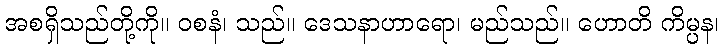
အစရှိသည်တို့ကို။ ဝစနံ၊ သည်။ ဒေသနာဟာရော၊ မည်သည်။ ဟောတိ ကိမ္ပန၊